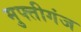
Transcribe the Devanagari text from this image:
मुफ्तीगंज